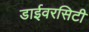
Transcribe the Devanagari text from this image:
डाईवरसिटी